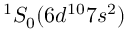
^ 1 S _ { 0 } ( 6 d ^ { 1 0 } 7 s ^ { 2 } )